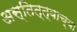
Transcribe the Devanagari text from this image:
अस्तित्त्वाच्या